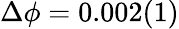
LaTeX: \Delta\phi=0.002(1)